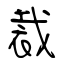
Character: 裁